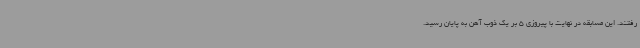
رفتند. این مسابقه در نهایت با پیروزی 5 بر یک ذوب آهن به پایان رسید.